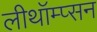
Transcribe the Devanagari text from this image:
लीथॉम्प्सन